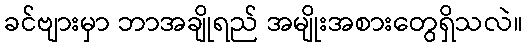
ခင်ဗျားမှာ ဘာအချိုရည် အမျိုးအစားတွေရှိသလဲ။